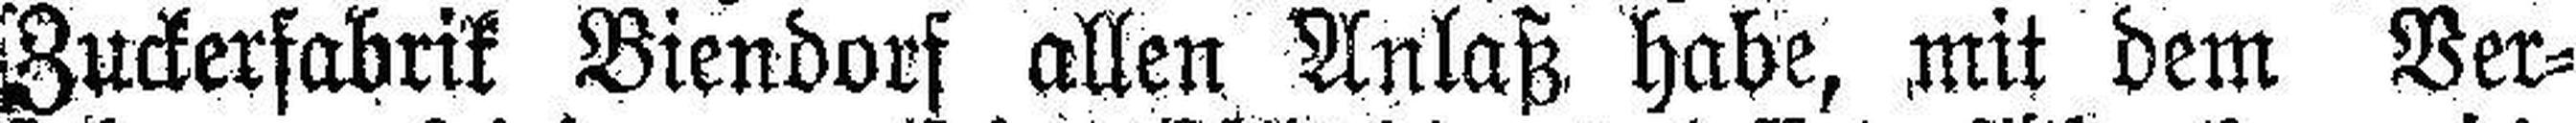
Zuckerfabrik Biendorf allen Anlaß habe, mit dem Ver¬